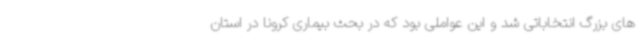
های بزرگ انتخاباتی شد و این عواملی بود که در بحث بیماری کرونا در استان